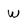
Character: W